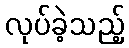
လုပ်ခဲ့သည့်